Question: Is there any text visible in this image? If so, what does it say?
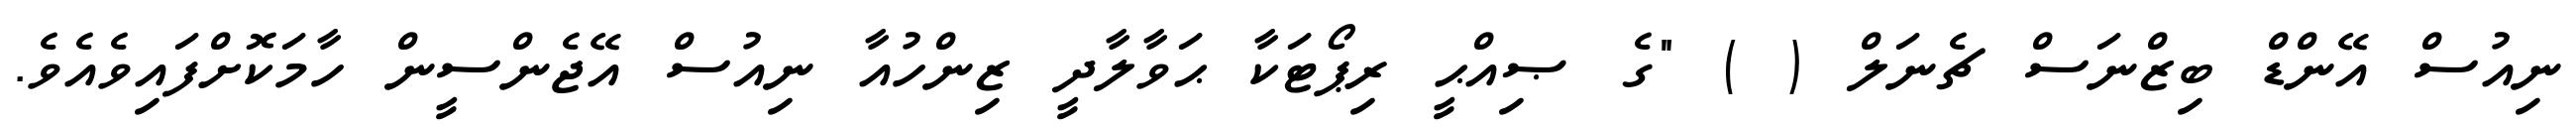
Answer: ނިއުސް އޭންޑް ބިޒްނަސް ޗެނަލް ( ) "ގެ ޞިއްޙީ ރިޕޯޓަކާ ޙަވާލާދީ ޒިންހުއާ ނިއުސް އޭޖެންސީން ހާމަކޮށްފައިވެއެވެ.